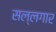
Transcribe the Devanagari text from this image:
सल्लगार